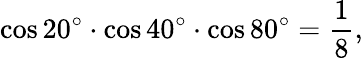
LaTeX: \cos 20^{\circ}\cdot\cos 40^{\circ}\cdot\cos 80^{\circ}={\frac{1}{8}},